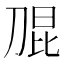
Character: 𭃫